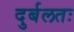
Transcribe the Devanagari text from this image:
दुर्बलतः